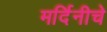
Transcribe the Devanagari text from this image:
मर्दिनीचे